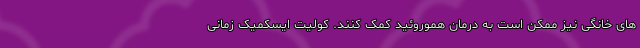
های خانگی نیز ممکن است به درمان هموروئید کمک کنند. کولیت ایسکمیک زمانی